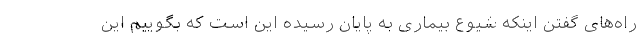
راه‌های گفتن اینکه شیوع بیماری به پایان رسیده این است که بگوییم این